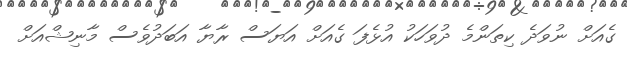
ގެއަށް ނުވަދެ ކިތަންމެ ދުވަހަކު އުޅެފަ ގެއަށް އަޔަސް ރާޔާ އަބަދުވެސް މާނިޝްއަށް